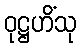
ဝုဋ္ဌဟိံသု